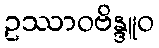
ဥဿာဝဗိန္ဒူဝ